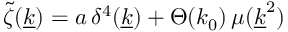
\widetilde \zeta ( \underline { { k } } ) = a \, \delta ^ { 4 } ( \underline { { k } } ) + \Theta ( k _ { 0 } ) \, \mu ( \underline { { k } } ^ { 2 } )